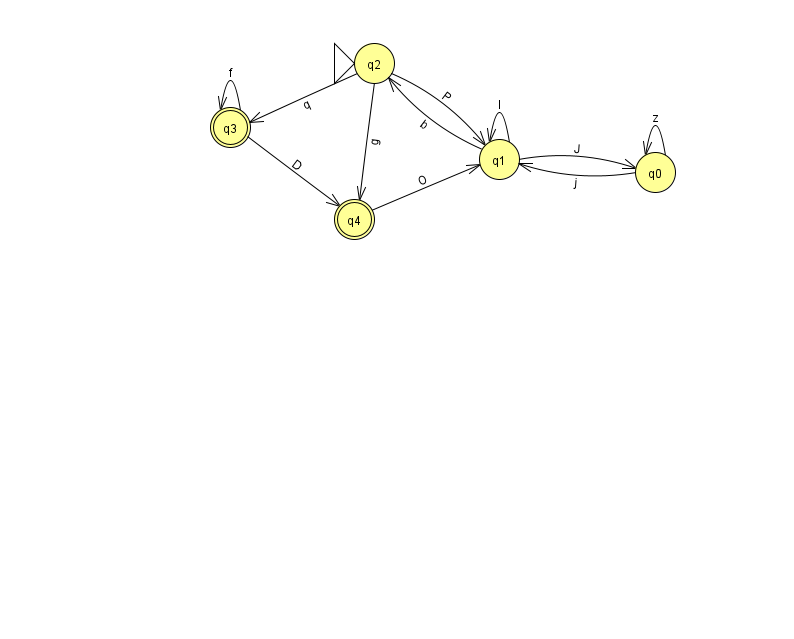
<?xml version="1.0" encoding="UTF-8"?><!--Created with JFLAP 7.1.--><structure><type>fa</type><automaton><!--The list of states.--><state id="0" name="q0"><x>655.0</x><y>159.0</y></state><state id="1" name="q1"><x>499.0</x><y>146.0</y></state><state id="2" name="q2"><x>374.0</x><y>50.0</y><initial/></state><state id="3" name="q3"><x>230.0</x><y>114.0</y><final/></state><state id="4" name="q4"><x>354.0</x><y>206.0</y><final/></state><!--The list of transitions.--><transition><from>2</from><to>4</to><read>g</read></transition><transition><from>0</from><to>1</to><read>j</read></transition><transition><from>1</from><to>0</to><read>J</read></transition><transition><from>1</from><to>2</to><read>b</read></transition><transition><from>3</from><to>3</to><read>f</read></transition><transition><from>2</from><to>1</to><read>P</read></transition><transition><from>2</from><to>3</to><read>q</read></transition><transition><from>1</from><to>1</to><read>I</read></transition><transition><from>0</from><to>0</to><read>z</read></transition><transition><from>3</from><to>4</to><read>D</read></transition><transition><from>4</from><to>1</to><read>O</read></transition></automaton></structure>